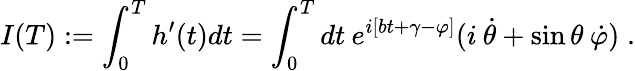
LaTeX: I(T):=\int_{0}^{T}h^{\prime}(t)dt=\int_{0}^{T}dt\: e^{i[bt+\gamma-\varphi]}(i\: \dot{\theta}+\sin\theta\: \dot{\varphi})\; .